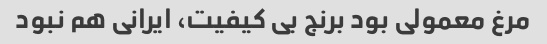
مرغ معمولی بود برنج بی کیفیت، ایرانی هم نبود